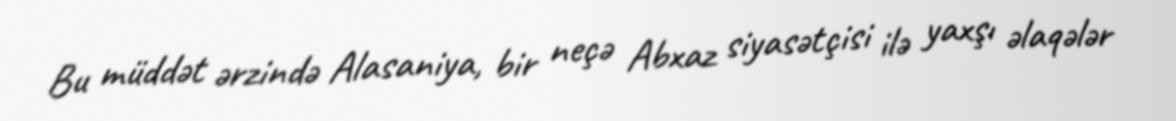
Bu müddət ərzində Alasaniya, bir neçə Abxaz siyasətçisi ilə yaxşı əlaqələr